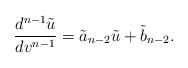
LaTeX: \begin{align*} \frac{d^{n-1}\tilde{u}}{dv^{n-1}}=\tilde{a}_{n-2}\tilde{u}+\tilde{b}_{n-2}.\end{align*}